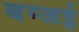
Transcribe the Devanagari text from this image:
बम्जई